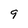
Character: 9